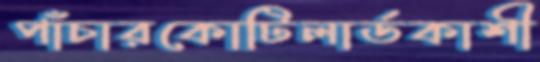
পাঁচারকোটিলার্ডকাশী